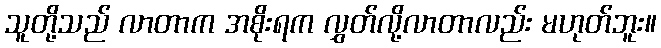
သူတို့သည် လာတာက အစိုးရက လွှတ်လို့လာတာလည်း မဟုတ်ဘူး။